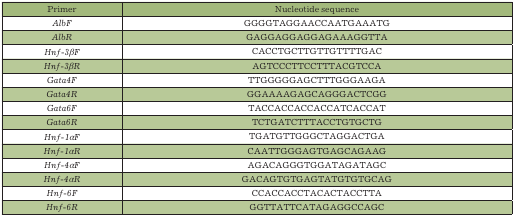
<table><thead><tr><td><b>Primer</b></td><td><b>Nucleotide sequence</b></td></tr></thead><tbody><tr><td>AlbF</td><td>GGGGTAGGAACCAATGAAATG</td></tr><tr><td>AlbR</td><td>GAGGAGGAGGAGAAAGGTTA</td></tr><tr><td>Hnf-3βF</td><td>CACCTGCTTGTTGTTTTGAC</td></tr><tr><td>Hnf-3βR</td><td>AGTCCCTTCCTTTACGTCCA</td></tr><tr><td>Gata4F</td><td>TTGGGGGAGCTTTGGGAAGA</td></tr><tr><td>Gata4R</td><td>GGAAAAGAGCAGGGACTCGG</td></tr><tr><td>Gata6F</td><td>TACCACCACCACCATCACCAT</td></tr><tr><td>Gata6R</td><td>TCTGATCTTTACCTGTGCTG</td></tr><tr><td>Hnf-1αF</td><td>TGATGTTGGGCTAGGACTGA</td></tr><tr><td>Hnf-1αR</td><td>CAATTGGGAGTGAGCAGAAG</td></tr><tr><td>Hnf-4αF</td><td>AGACAGGGTGGATAGATAGC</td></tr><tr><td>Hnf-4αR</td><td>GACAGTGTGAGTATGTGTGCAG</td></tr><tr><td>Hnf-6F</td><td>CCACCACCTACACTACCTTA</td></tr><tr><td>Hnf-6R</td><td>GGTTATTCATAGAGGCCAGC</td></tr></tbody></table>